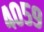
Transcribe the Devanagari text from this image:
४०५९